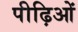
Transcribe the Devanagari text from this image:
पीढ़िओं